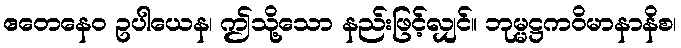
ဧတေနေဝ ဥပါယေန၊ ဤသို့သော နည်းဖြင့်လျှင်။ ဘုမ္မဋ္ဌကဝိမာနာနိစ၊